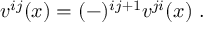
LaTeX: v ^ { i j } ( x ) = ( - ) ^ { i j + 1 } v ^ { j i } ( x ) \ .